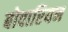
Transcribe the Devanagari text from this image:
बोवारियन